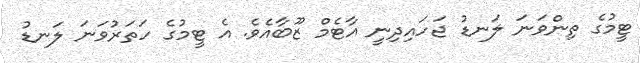
ޓީމުގެ ތިންވަނަ ލަނޑު ޖަހައިދިނީ އާޓެމް ޒޫބާއެވެ. އެ ޓީމުގެ ހަތަރުވަނަ ލަނޑު